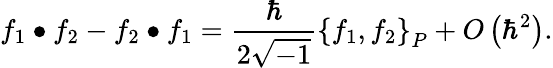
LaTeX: f_{1}\bullet f_{2}-f_{2}\bullet f_{1}=\frac{\hbar}{2\sqrt{-1}}\left\{ f_{1},f_{2}\right\} _{P}+O\left(\hbar^{2}\right).